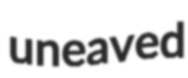
uneaved